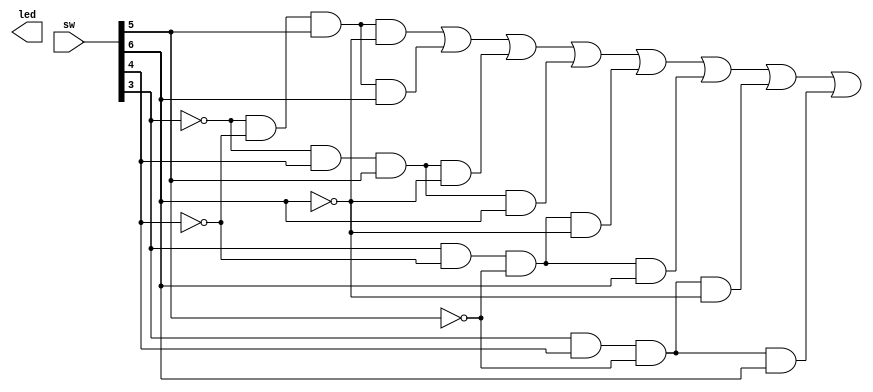
`timescale 1ns / 1ps
//////////////////////////////////////////////////////////////////////////////////
// Company: 
// Engineer: 
// 
// Design Name: 
// Module Name: curicut4
// Project Name: 
// Target Devices: 
// Tool Versions: 
// Description: 
// 
// Dependencies: 
// 
// Revision:
// Revision 0.01 - File Created
// Additional Comments:
// 
//////////////////////////////////////////////////////////////////////////////////


module curicut4(
input [11:0] sw,
output [9:0] led
    );
    assign led[3] = (~sw[3] & ~sw[4] & sw[5] & ~sw[6]) |
                    (~sw[3] & ~sw[4] & sw[5] & sw[6]) |
                (~sw[3] & sw[4] & sw[5] & ~sw[6]) |
                (~sw[3] & sw[4] & sw[5] & sw[6]) |
                (sw[3] & ~sw[4] & ~sw[5] & ~sw[6]) |
                (sw[3] & ~sw[4] & ~sw[5] & sw[6]) |
                (sw[3] & sw[4] & ~sw[5] & ~sw[6]) |
                (sw[3] & sw[4] & ~sw[5] & sw[6]);
    endmodule